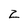
Character: Z